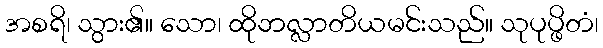
အစရိ၊ သွား၏။ သော၊ ထိုဘလ္လာတိယမင်းသည်။ သုပုပ္ဖိတံ၊